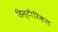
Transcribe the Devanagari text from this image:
हिस्टीरिकल